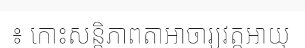
៖ កោះសន្តិភាពតាអាចារ្យវត្តអាយុ